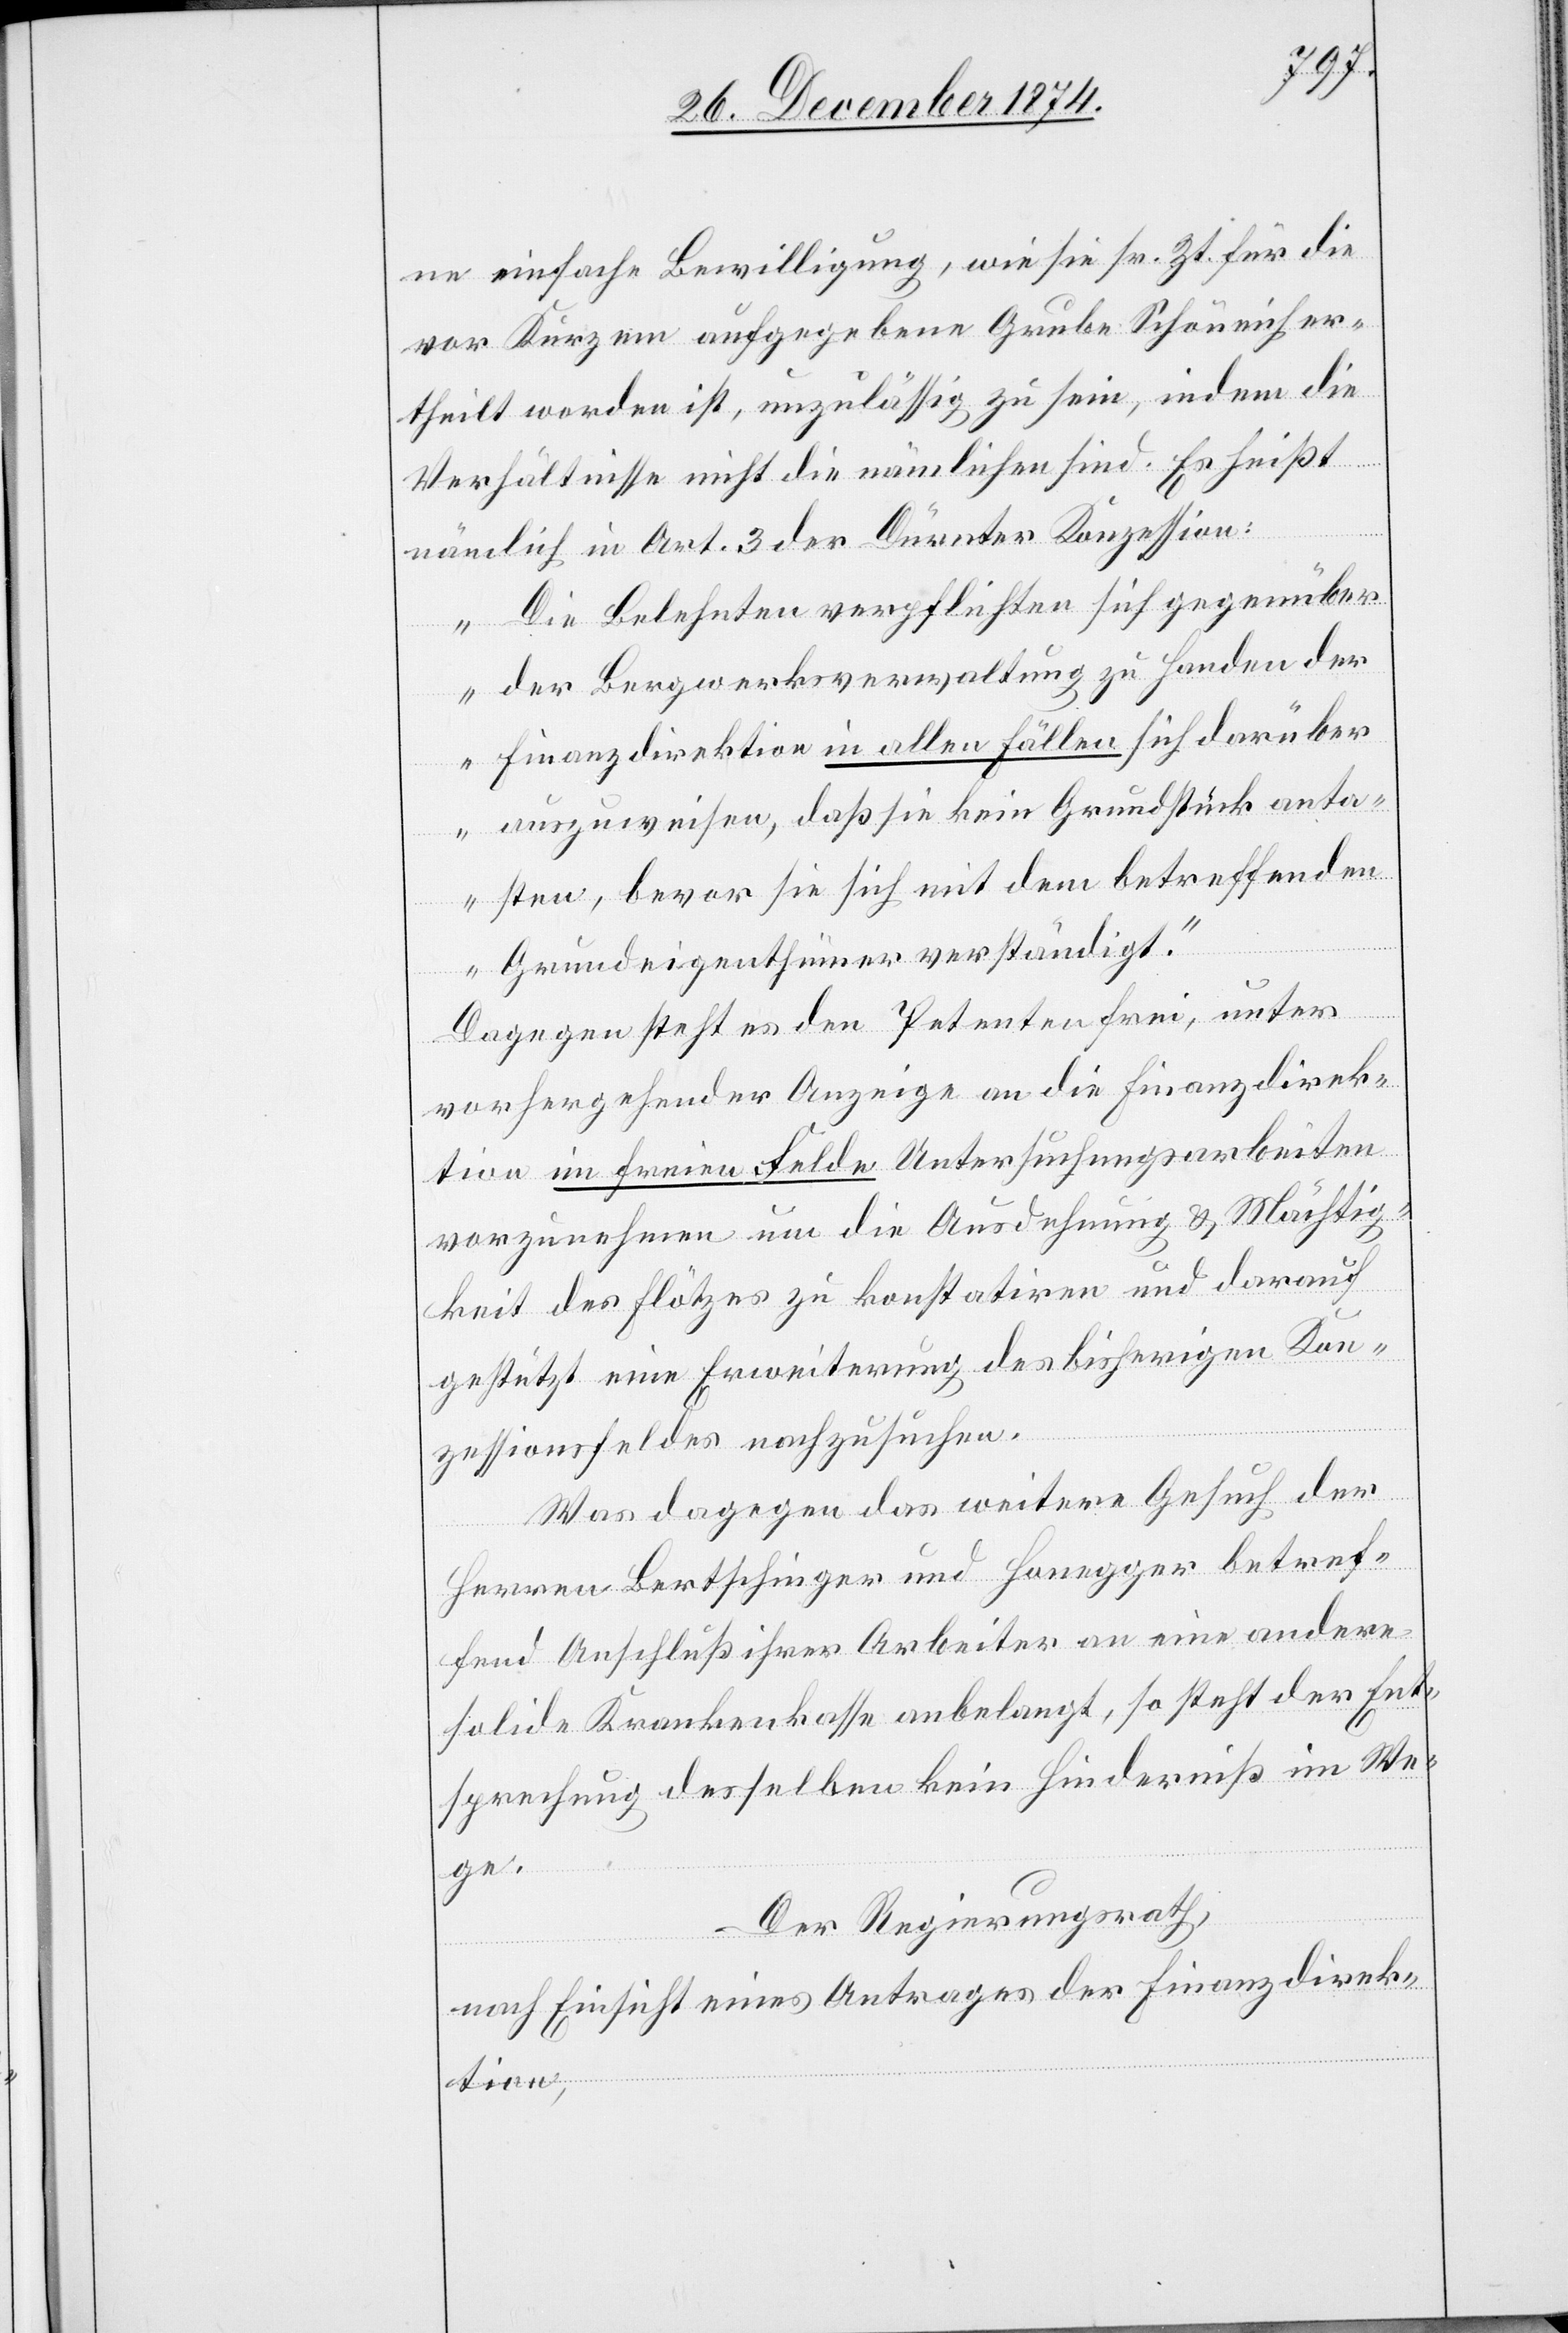
ne einfache Bewilligung, wie sie sr. Zt. für die
vor Kurzem aufgegebene Grube Schöneich er¬
theilt worden ist, unzulässig zu sein, indem die
Verhältnisse nicht die nämlichen sind. Es heißt
nämlich im Art. 3 der Dürnter Konzession:
„Die Belehnten verpflichten sich gegenüber
der Bergwerksverwaltung zu Handen der
Finanzdirektion in allen Fällen sich darüber
auszuweisen, daß sie kein Grundstück anta¬
sten, bevor sie sich mit dem betreffenden
Grundeigenthümer verständigt.“
Dagegen steht es den Petenten frei, unter
vorhergehender Anzeige an die Finanzdirek¬
tion im freien Felde Untersuchungsarbeiten
vorzunehmen um die Ausdehnung & Mächtig¬
keit des Flötzes zu konstatiren und darauf
gestützt eine Erweiterung des bisherigen Kon¬
zessionsfeldes nachzusuchen.
Was dagegen das weitere Gesuch der
Herren Bertschinger und Honegger betref¬
fend Anschluß ihrer Arbeiter an eine andere
solide Krankenkasse anbelangt, so steht der Ent¬
sprechung desselben kein Hinderniß im We¬
ge.
Der Regierungsrath,
nach Einsicht eines Antrages der Finanzdirek¬
tion,